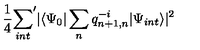
\frac 1 4 { \sum _ { i n t } } ^ { \prime } | \langle \Psi _ { 0 } | \sum _ { n } q _ { n + 1 , n } ^ { - i } | \Psi _ { i n t } \rangle | ^ { 2 }